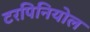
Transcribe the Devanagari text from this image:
टरपिनियोल